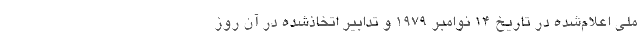
ملی اعلام‌شده در تاریخ ۱۴ نوامبر ۱۹۷۹ و تدابیر اتخاذشده در آن روز